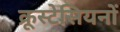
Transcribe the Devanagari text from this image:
क्रूस्टेसियनों